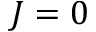
J = 0